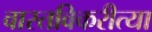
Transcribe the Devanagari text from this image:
वास्तविकरीत्या